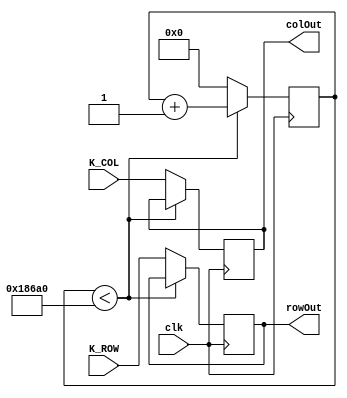
`timescale 1ns / 1ps
//////////////////////////////////////////////////////////////////////////////////
// Company: 
// Engineer: 
// 
// Design Name: 
// Module Name:    AntiJitter 
// Project Name: 
// Target Devices: 
// Tool versions: 
// Description: 
//
// Dependencies: 
//
// Revision: 
// Revision 0.01 - File Created
// Additional Comments: 
//
//////////////////////////////////////////////////////////////////////////////////
module AntiJitter(clk, K_ROW, K_COL, rowOut, colOut);
input wire clk;
input wire [4:0] K_ROW;
input wire [3:0] K_COL;
output reg [4:0] rowOut;
output reg [3:0] colOut;

reg [31:0] count = 0;

always @ (posedge clk)
begin
	if(count < 100000)
		count <= count + 1;
	else
	begin
		rowOut <= K_ROW;
		colOut <= K_COL;
		count <= 0;
	end
end

endmodule